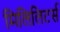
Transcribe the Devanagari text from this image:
मिलिलिटर्स